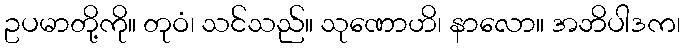
ဥပမာတို့ကို။ တုဝံ၊ သင်သည်။ သုဏောဟိ၊ နာလော။ အဘိပါဒက၊